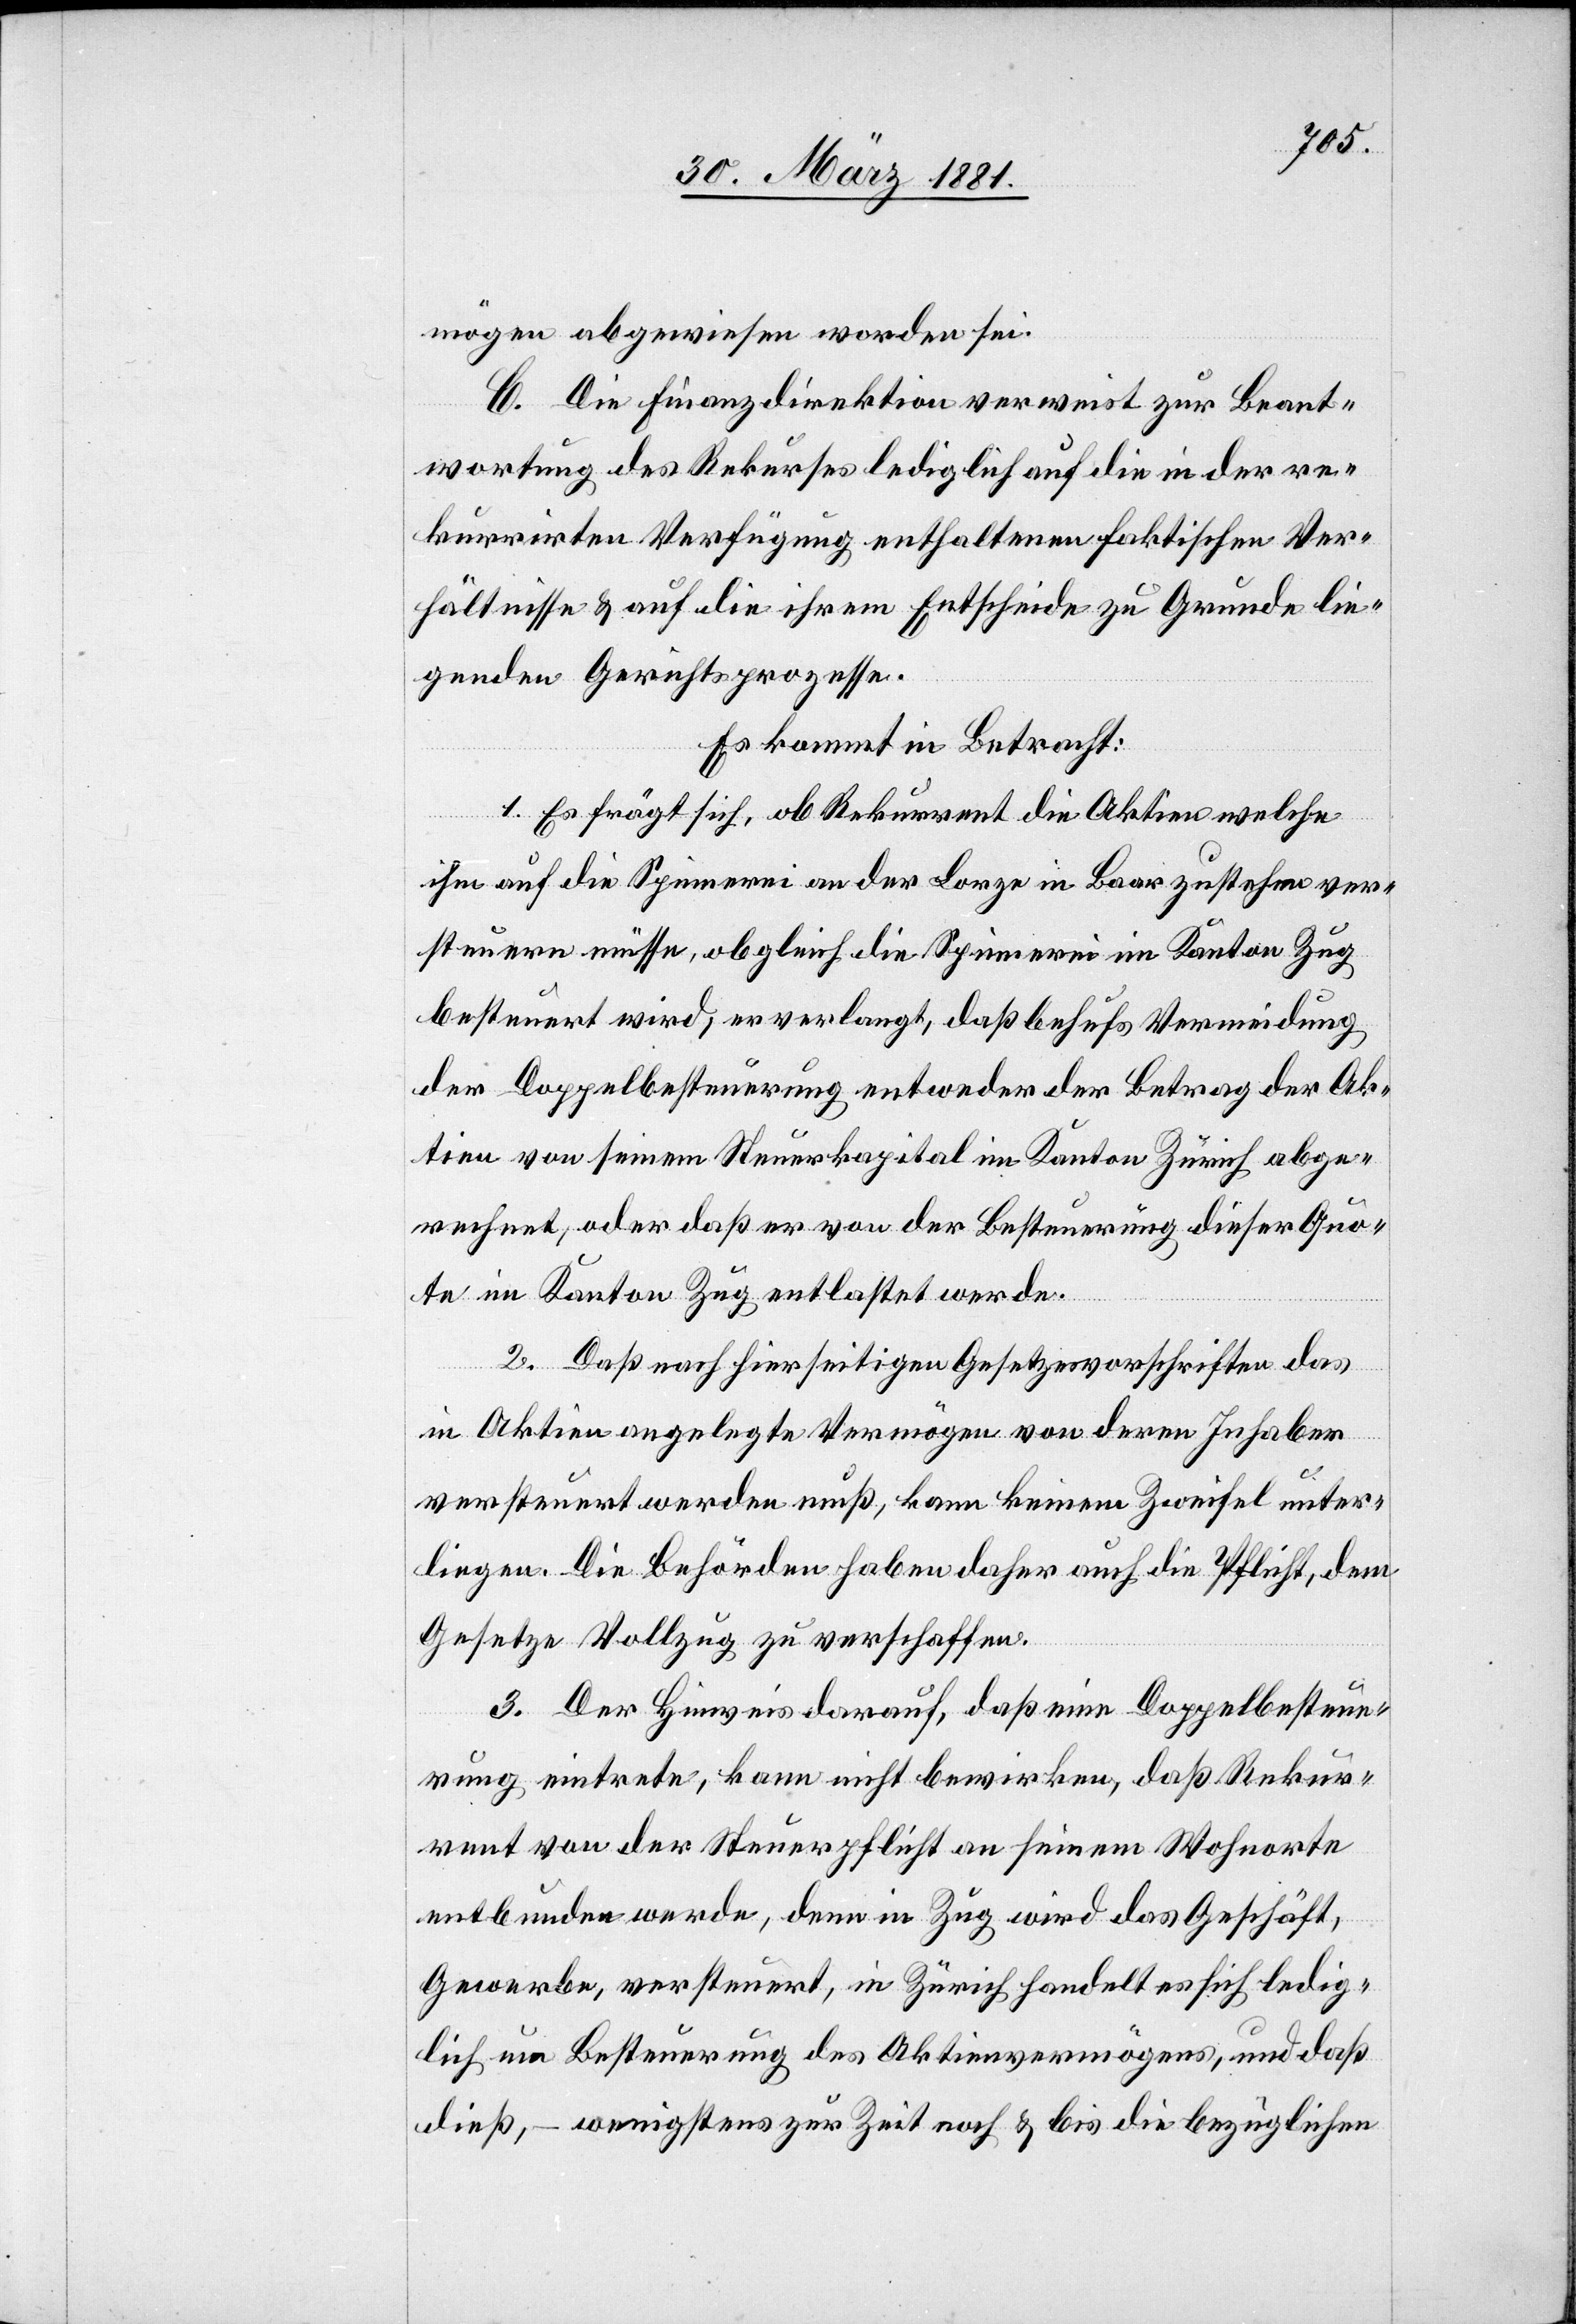
mögen abgewiesen worden sei.
C. Die Finanzdirektion verweist zur Beant¬
wortung des Rekurses lediglich auf die in der re¬
kurrirten Verfügung enthaltenen faktischen Ver¬
hältnisse & auf die ihrem Entscheide zu Grunde lie¬
genden Gerichtsprozesse.
Es kommt in Betracht:
1. Es frägt sich, ob Rekurrent die Aktien welche
ihm auf die Spinnerei an der Lorze in Baar zustehen ver¬
steuern müsse, obgleich die Spinnerei im Kanton Zug
besteuert wird, er verlangt, daß behufs Vermeidung
der Doppelbesteuerung entweder der Betrag der Ak¬
tien von seinem Steuerkapital im Kanton Zug abge¬
rechnet, oder daß er von der Besteuerung dieser Quo¬
te im Kanton Zug entlastet werde.
2. Daß nach hierseitigen Gesetzesvorschriften das
in Aktien angelegte Vermögen von deren Inhaber
versteuert werden muß, kann keinem Zweifel unter¬
liegen. Die Behörden haben daher auch die Pflicht, dem
Gesetze Vollzug zu verschaffen.
3. Der Hinweis darauf, daß eine Doppelbesteue¬
rung eintrete, kann nicht bewirken, daß Rekur¬
rent von der Steuerpflicht an seinem Wohnorte
entbunden werde, denn in Zug wird das Geschäft,
Gewerbe, versteuert, in Zürich handelt es sich ledig¬
lich um Besteuerung des Aktienvermögens, und daß
dieß, – wenigstens zur Zeit noch & bis die bezüglichen